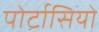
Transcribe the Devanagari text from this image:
पोर्टासियो